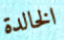
الخالدة